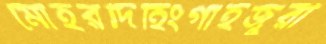
মোহরদিহিংগাইজুরী